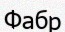
Фабр